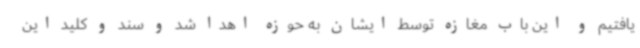
یافتیم و این باب مغازه توسط ایشان به حوزه اهدا شد و سند و کلید این